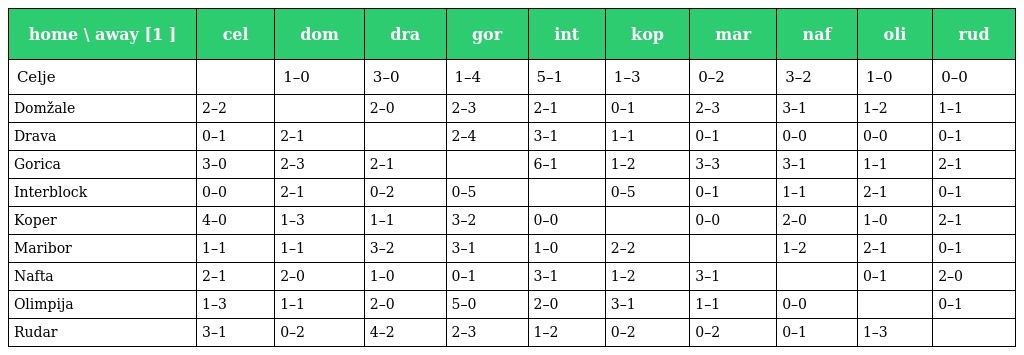
| home \ away [1 ] | cel | dom | dra | gor | int | kop | mar | naf | oli | rud |
 | --- | --- | --- | --- | --- | --- | --- | --- | --- | --- | --- |
 | Celje |  | 1–0 | 3–0 | 1–4 | 5–1 | 1–3 | 0–2 | 3–2 | 1–0 | 0–0 |
 | Domžale | 2–2 |  | 2–0 | 2–3 | 2–1 | 0–1 | 2–3 | 3–1 | 1–2 | 1–1 |
 | Drava | 0–1 | 2–1 |  | 2–4 | 3–1 | 1–1 | 0–1 | 0–0 | 0–0 | 0–1 |
 | Gorica | 3–0 | 2–3 | 2–1 |  | 6–1 | 1–2 | 3–3 | 3–1 | 1–1 | 2–1 |
 | Interblock | 0–0 | 2–1 | 0–2 | 0–5 |  | 0–5 | 0–1 | 1–1 | 2–1 | 0–1 |
 | Koper | 4–0 | 1–3 | 1–1 | 3–2 | 0–0 |  | 0–0 | 2–0 | 1–0 | 2–1 |
 | Maribor | 1–1 | 1–1 | 3–2 | 3–1 | 1–0 | 2–2 |  | 1–2 | 2–1 | 0–1 |
 | Nafta | 2–1 | 2–0 | 1–0 | 0–1 | 3–1 | 1–2 | 3–1 |  | 0–1 | 2–0 |
 | Olimpija | 1–3 | 1–1 | 2–0 | 5–0 | 2–0 | 3–1 | 1–1 | 0–0 |  | 0–1 |
 | Rudar | 3–1 | 0–2 | 4–2 | 2–3 | 1–2 | 0–2 | 0–2 | 0–1 | 1–3 |  |